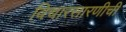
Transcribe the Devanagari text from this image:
विचारसारणीची